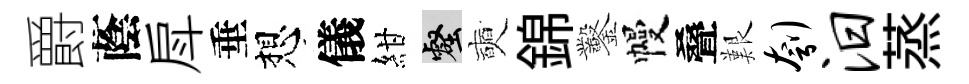
爵蔭戽垂想儀紺壑奭錦鑿幔叠艱刳汨蒸